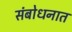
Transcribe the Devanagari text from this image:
संबोधनात